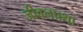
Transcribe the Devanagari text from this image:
जीवनप्रथा